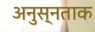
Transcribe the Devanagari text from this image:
अनुस्नताक